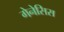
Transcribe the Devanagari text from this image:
गेनेसिस